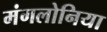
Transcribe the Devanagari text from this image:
मंगलोनिया